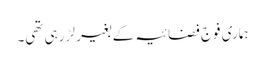
ہماری فوج فضائیہ کے بغیر لڑ رہی تھی۔